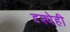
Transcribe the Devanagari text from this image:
दृश्येही